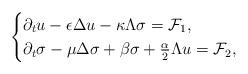
LaTeX: \begin{align*} \setlength{\abovedisplayskip}{3pt} \setlength{\belowdisplayskip}{3pt} \begin{cases} \partial_tu-\epsilon\Delta u-\kappa \Lambda\sigma=\mathcal{F}_1,\\ \partial_t\sigma-\mu\Delta\sigma+\beta\sigma+\frac{\alpha}{2}\Lambda u=\mathcal{F}_2, \end{cases} \end{align*}